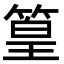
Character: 篁